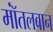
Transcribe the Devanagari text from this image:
मॉंतलबान